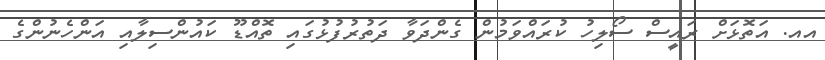
އއ. އަތޮޅަށް ރައީސް ސޯލިހު ކުރައްވަމުން ގެންދަވާ ދަތުރުފުޅުގައި ތޮއްޑޫޫ ކައުންސިލާއި އަންހެނުންގެ